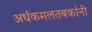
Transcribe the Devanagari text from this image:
अर्धकमलतबकांनी